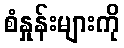
စံနှုန်းများကို